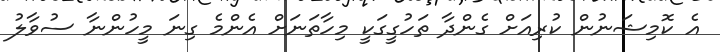
އެ ކޮމިޝަނުން ކުރިއަށް ގެންދާ ތަހުގީގަކީ މިހާތަނަށް އެންމެ ގިނަ މީހުންނާ ސުވާލު